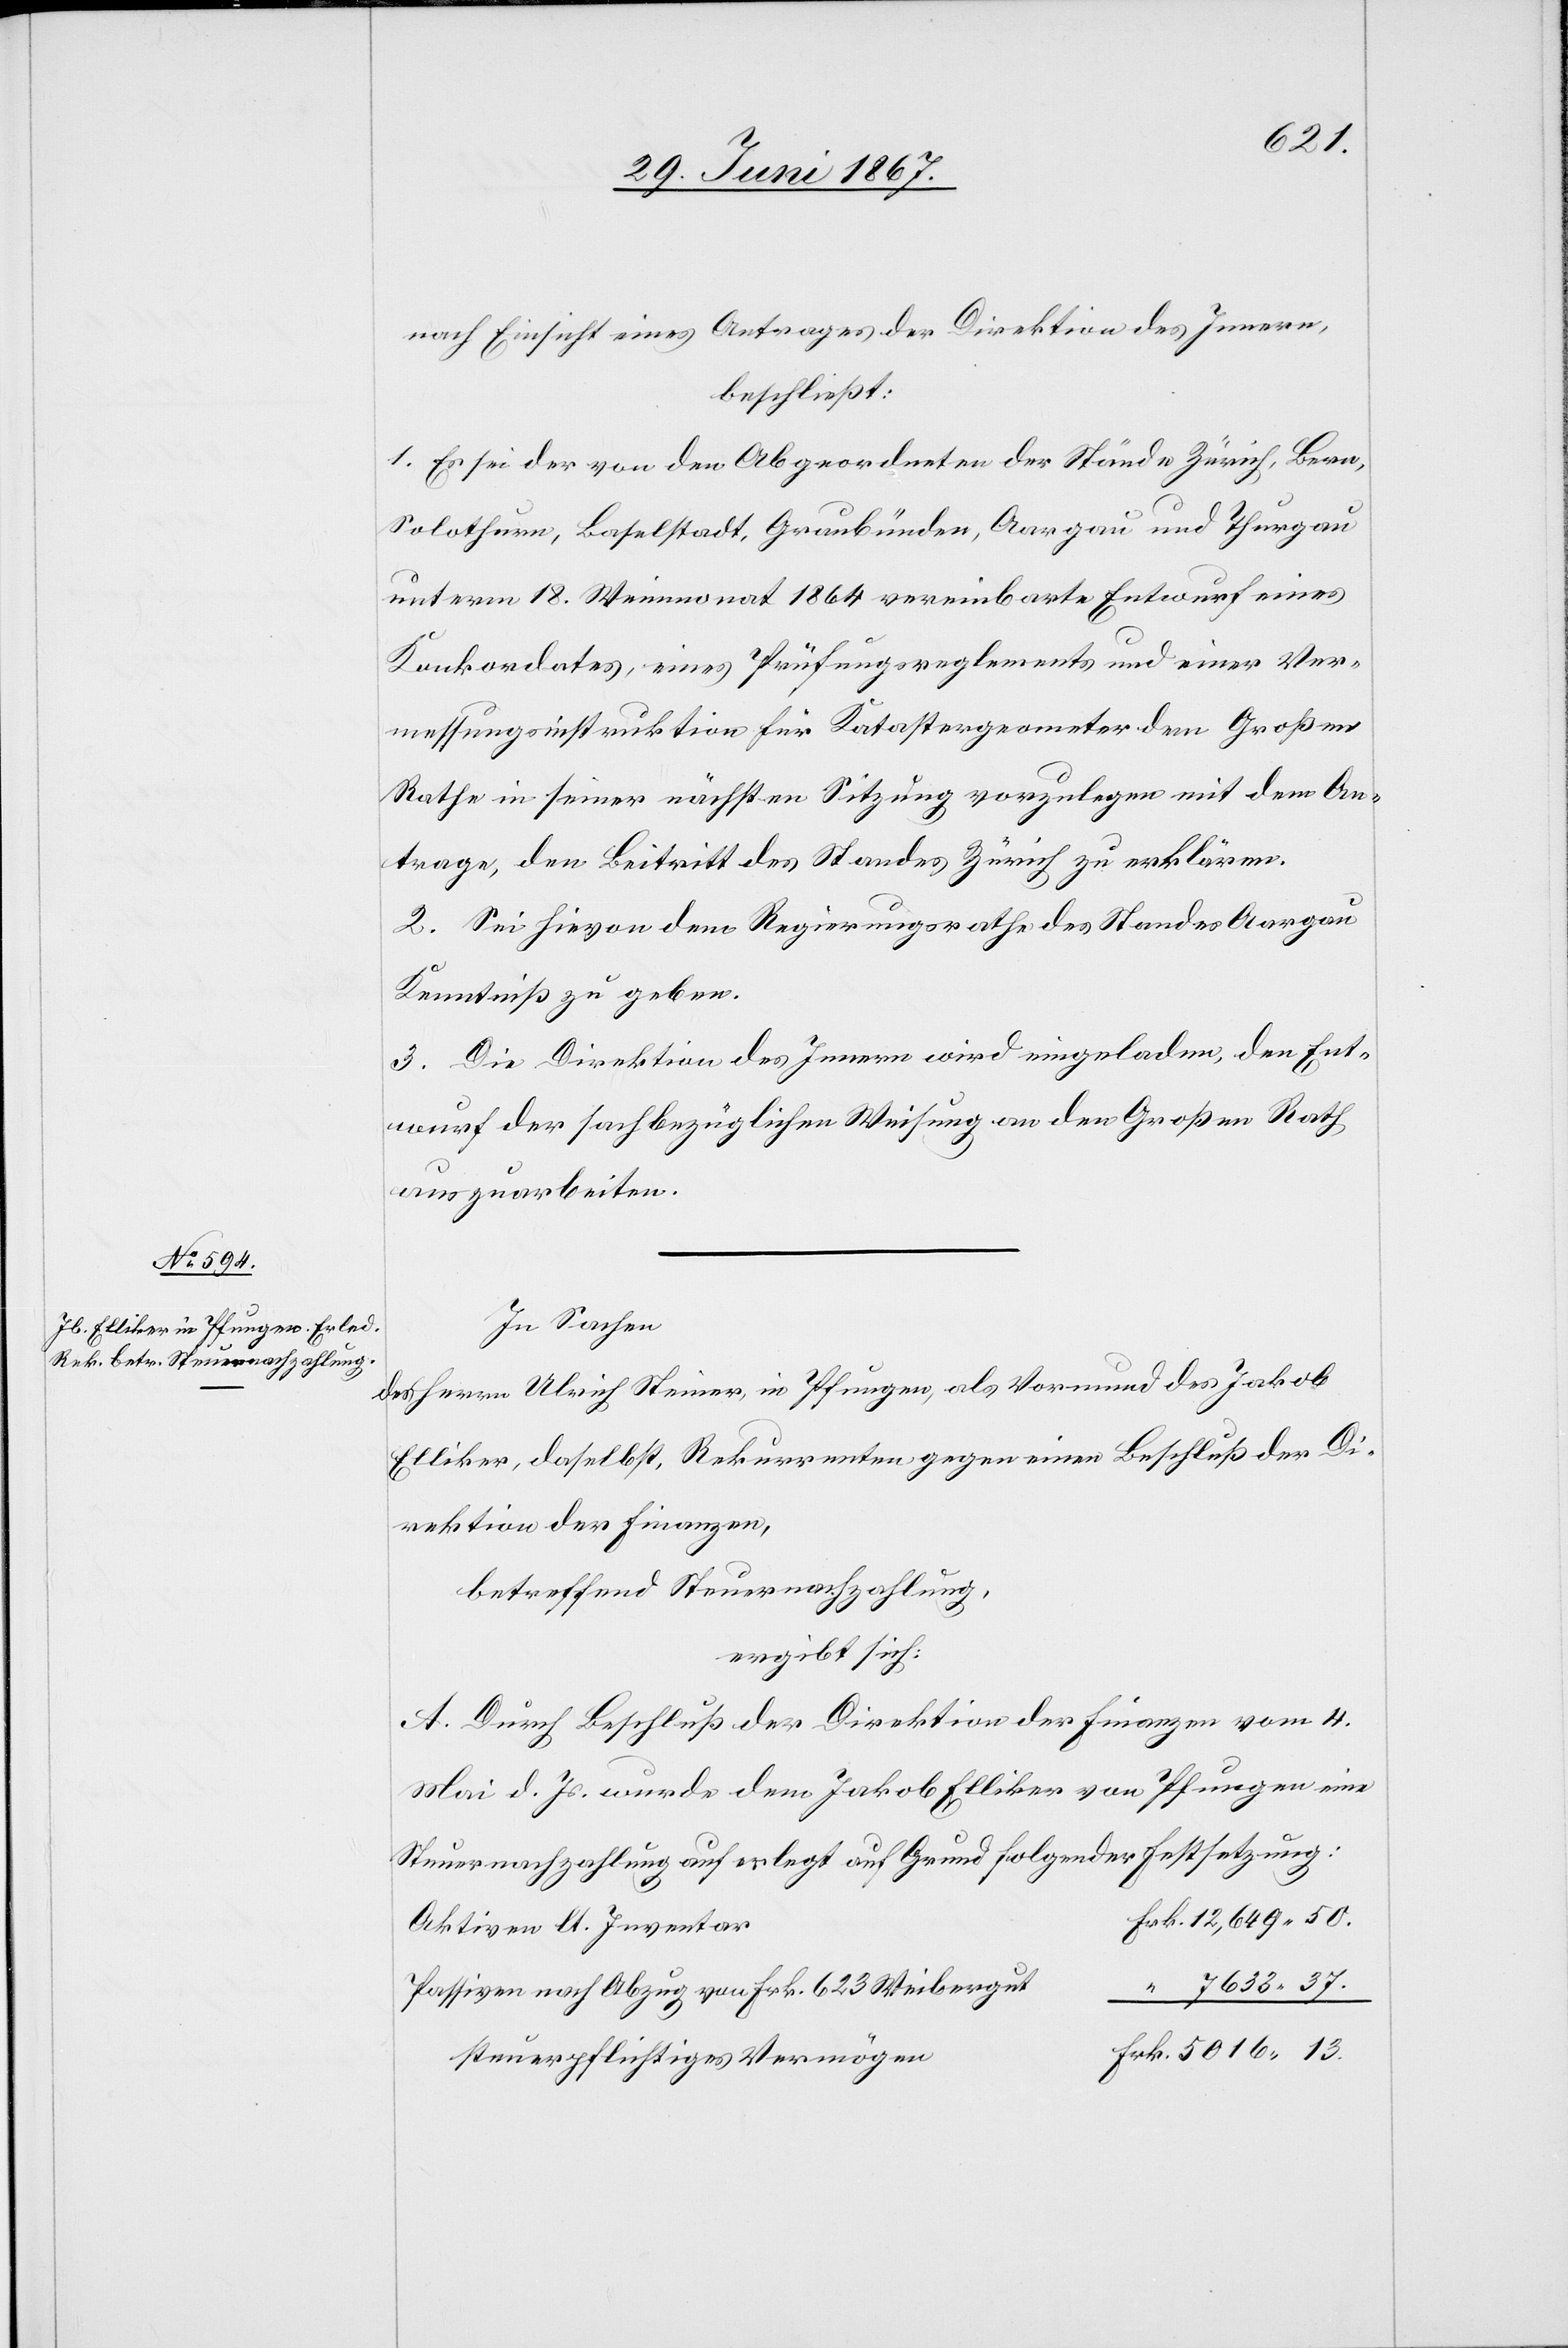
37.
Nach Einsicht eines Antrages der Direktion des Innern,
beschließt:
1. Es sei der von den Abgeordneten der Stände Zürich, Bern,
Solothurn, Baselstadt, Graubünden, Aargau und Thurgau
unterm 18. Weinmonat 1864 vereinbarte Entwurf eines
Konkordates, eines Prüfungsreglements und einer Ver¬
messungsinstruktion für Katastergeometer dem Großen
Rathe in seiner nächsten Sitzung vorzulegen mit dem An¬
trage, den Beitritt des Standes Zürich zu erklären.
2. Sei hievon dem Regierungsrathe des Standes Aargau
Kenntniß zu geben.
3. Die Direktion des Innern wird eingeladen, den Ent¬
wurf der sachbezüglichen Weisung an den Großen Rath
auszuarbeiten.
In Sachen
Des Herrn Ulrich Steiner, in Pfungen, als Vormund des Jakob
Elliker, daselbst, Rekurrenten gegen einen Beschluß der Di¬
rektion der Finanzen,
betreffend Steuernachzahlung,
ergibt sich:
A. Durch Beschluß der Direktion der Finanzen vom 5.
Mai d. Js. Wurde dem Jakob Elliker von Pfungen eine
Steuernachzahlung auferlegt auf Grund folgender Festsetzung:
Aktiven lt. Inventar
Passiven nach Abzug von Frk. 623 Weibergut
steuerpflichtiges Vermögen